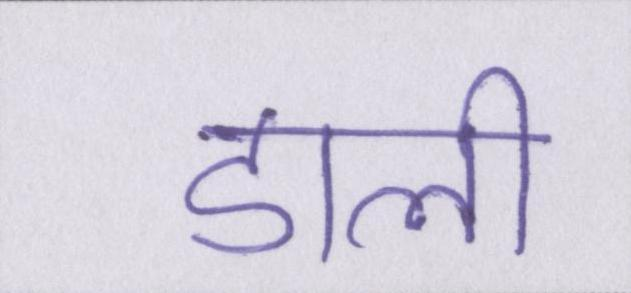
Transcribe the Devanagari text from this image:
डाली